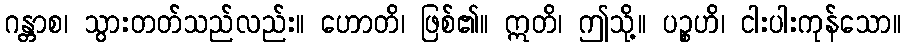
ဂန္တာစ၊ သွားတတ်သည်လည်း။ ဟောတိ၊ ဖြစ်၏။ ဣတိ၊ ဤသို့။ ပဉ္စဟိ၊ ငါးပါးကုန်သော။